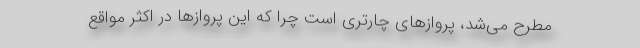
مطرح می‌شد، پروازهای چارتری است چرا که این پروازها در اکثر مواقع